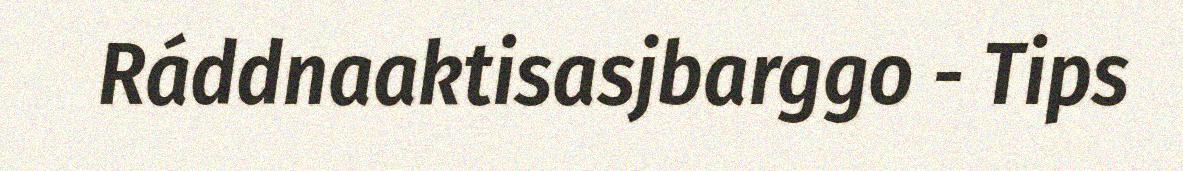
Ráddnaaktisasjbarggo - Tips